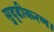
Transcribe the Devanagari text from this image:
सुदृढीकरण।